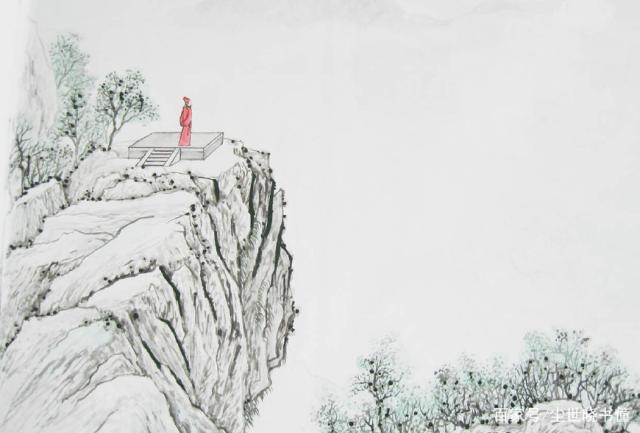
乡泪客中尽，孤帆天际看。